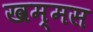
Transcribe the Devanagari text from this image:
खम्मस